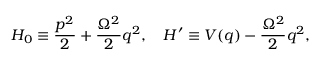
H _ { 0 } \equiv { \frac { p ^ { 2 } } { 2 } } + { \frac { \Omega ^ { 2 } } { 2 } } q ^ { 2 } , \quad H ^ { \prime } \equiv V ( q ) - { \frac { \Omega ^ { 2 } } { 2 } } q ^ { 2 } ,